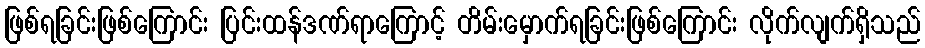
ဖြစ်ရခြင်းဖြစ်ကြောင်း ပြင်းထန်ဒဏ်ရာကြောင့် တိမ်းမှောက်ရခြင်းဖြစ်ကြောင်း လိုက်လျက်ရှိသည်